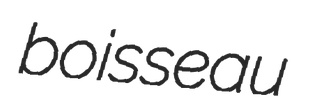
boisseau